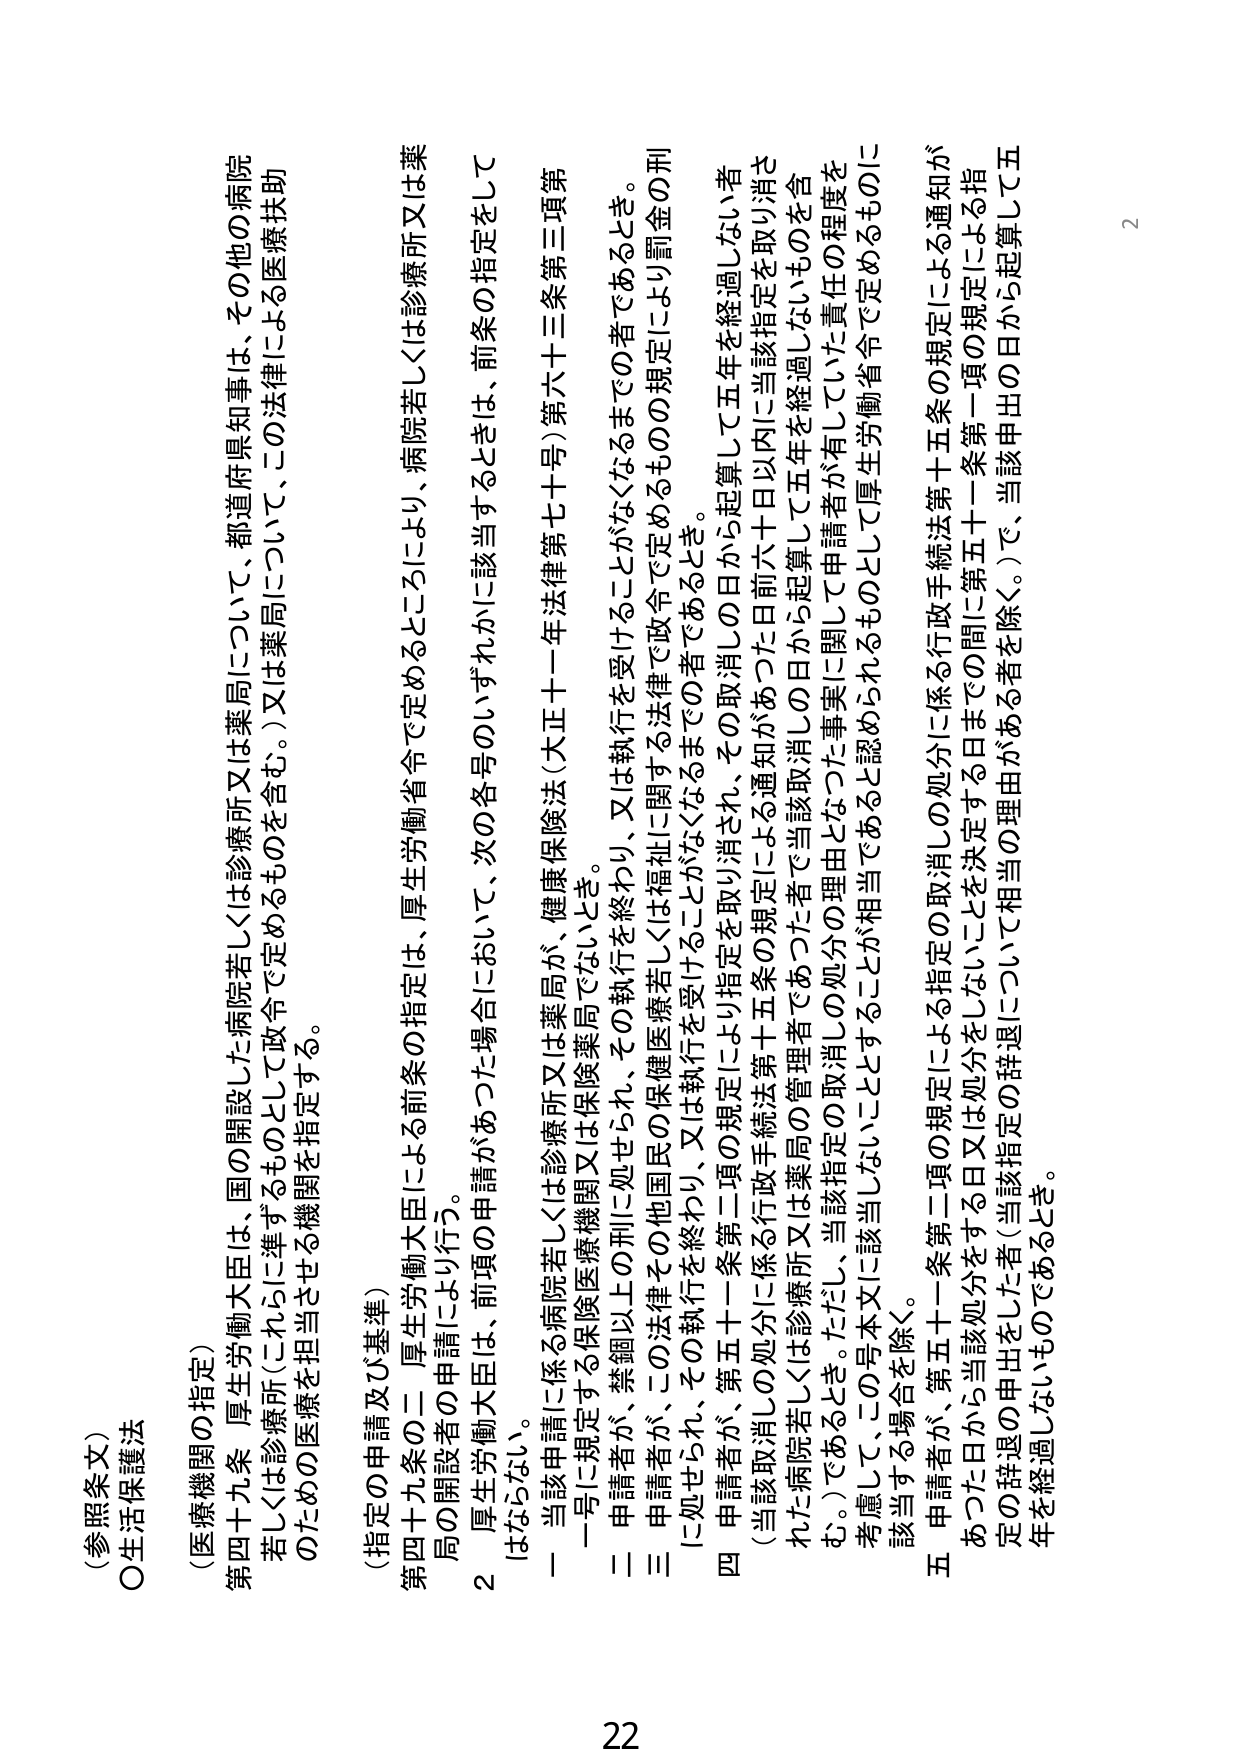
（参照条文）
○生活保護法
（医療機関の指定）
第四十九条 厚生労働大臣は、国の開設した病院若しくは診療所又は薬局について、都道府県知事は、その他の病院若しくは診療所（これに準ずるものとして政令で定めるものを含む。）又は薬局について、この法律による医療扶助のための医療を担当させる機関を指定する。

（指定の申請及び基準）
第四十九条の二 厚生労働大臣による前条の指定は、厚生労働省令で定めるところにより、病院若しくは診療所又は薬局の開設者の申請により行う。
２ 厚生労働大臣は、前項の申請があった場合において、次の各号のいずれかに該当するときは、前条の指定をしてはならない。
一 当該申請に係る病院若しくは診療所又は薬局が、健康保険法（大正十一年法律第七十号）第六十三条第三項第一号に規定する保険医療機関又は保険薬局でないとき。
二 申請者が、禁錮以上の刑に処せられ、その執行を終わり、又は執行を受けることがなくななるまでのあるとき。
三 申請者が、この法律その他国民の保健医療若しくは福祉に関する法律で政令で定めるものの規定により罰金の刑に処せられ、その執行を終わり、又は執行を受けることがなくなるまでのあるとき。
四 申請者が、第五十一条第二項の規定により指定を取り消され、その取消しの日から起算して五年を経過しない者（当該取消しの処分に係る行政手続法第十五条の規定による通知があった日前六十日以内に当該指定を取り消された病院若しくは診療所又は薬局の管理者であつた者で当該取消しの日から起算して五年を経過しないものを含む。）であるとき。ただし、当該指定の取消しの理由となった事実に関して申請者が有していた責任の程度を考慮して、この号本文に該当しないこととすることが相当であると認められるものとして厚生労働省令で定めるものに該当する場合を除く。
五 申請者が、第五十一条第二項の規定による指定の取消しの処分に係る行政手続法第十五条の規定による通知があつた日から当該処分をする日又は当該処分をしないことを決定する日までの間（第五十一条第一項の規定による指定の辞退の申出をした者（当該指定の辞退について相当の理由がある者を除く。）で、当該申出の日から起算して五年を経過しないものを含む。）であるとき。

22
2